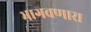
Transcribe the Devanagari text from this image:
भागवणारा